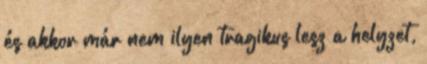
és akkor már nem ilyen tragikus lesz a helyzet,